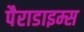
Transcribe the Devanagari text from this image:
पैराडाइम्स